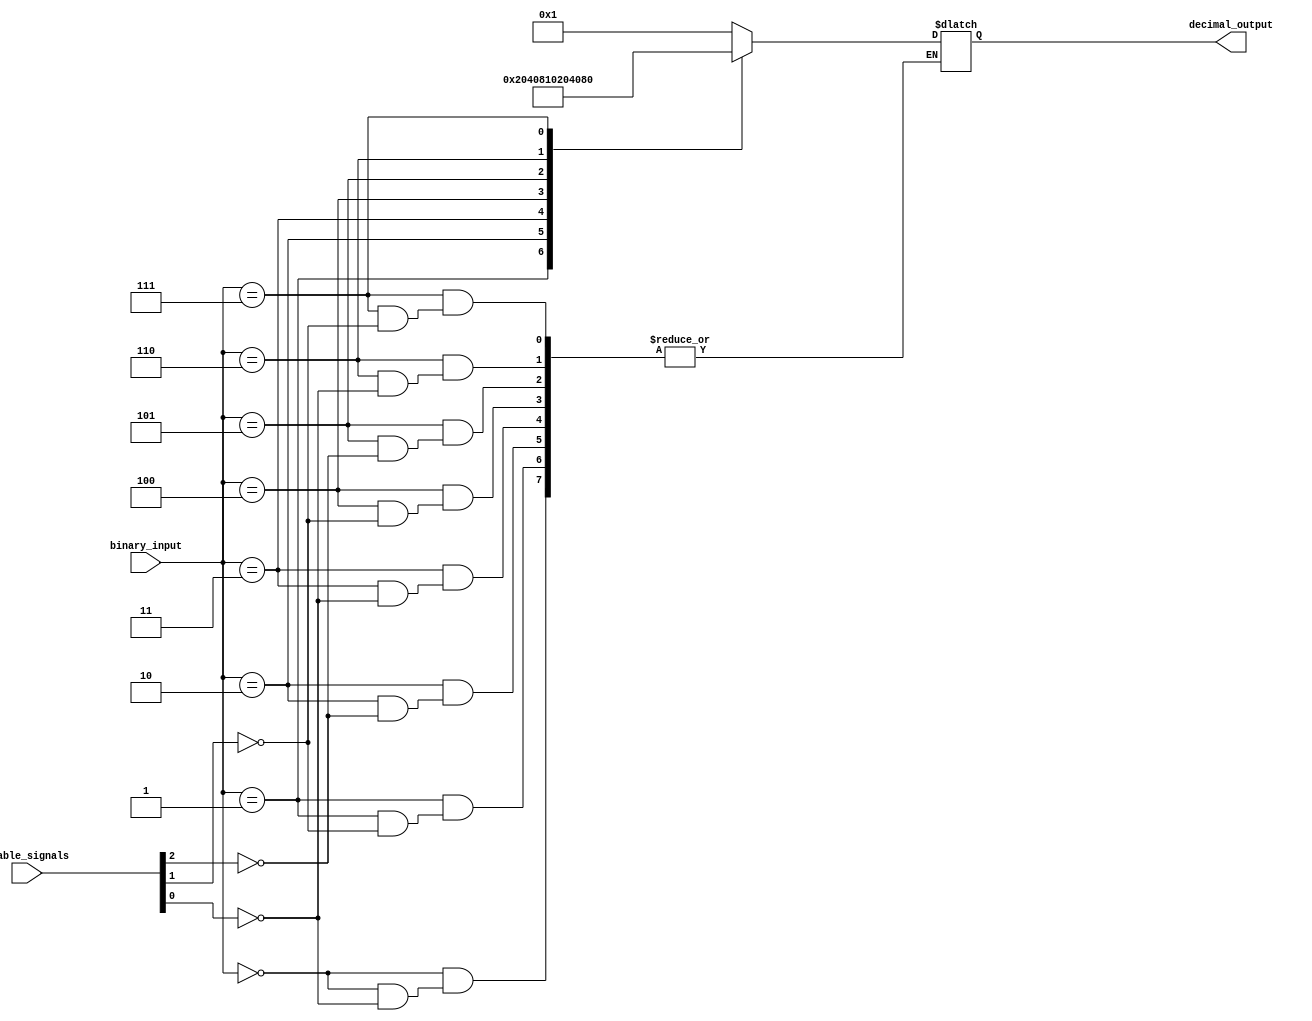
module decimal_decoder(
    input [2:0] binary_input,
    input [2:0] enable_signals,
    output reg [7:0] decimal_output
);

always @(*) begin
    case(binary_input)
        3'b000: if(enable_signals[0]) decimal_output = 8'b00000001;
        3'b001: if(enable_signals[1]) decimal_output = 8'b00000010;
        3'b010: if(enable_signals[2]) decimal_output = 8'b00000100;
        3'b011: if(enable_signals[0]) decimal_output = 8'b00001000;
        3'b100: if(enable_signals[1]) decimal_output = 8'b00010000;
        3'b101: if(enable_signals[2]) decimal_output = 8'b00100000;
        3'b110: if(enable_signals[0]) decimal_output = 8'b01000000;
        3'b111: if(enable_signals[1]) decimal_output = 8'b10000000;
        default: decimal_output = 8'b00000000;
    endcase
end

endmodule